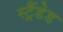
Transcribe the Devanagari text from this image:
स्ट्रैंडेड